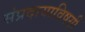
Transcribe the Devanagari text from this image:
संप्रदायाविषयी